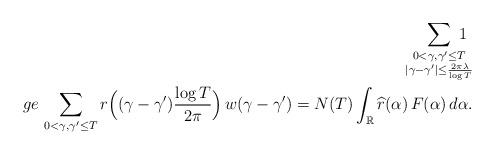
LaTeX: \begin{align*}\sum_{\substack{0<\gamma,\gamma'\le T \\|\gamma-\gamma'|\le \frac{2\pi\lambda}{\log T}}} \!\!\!\!\!\!1 \ \\ge \, \sum_{0<\gamma,\gamma'\le T } r\Big((\gamma-\gamma') \frac{\log T}{2\pi}\Big) \, w(\gamma-\gamma')= N(T)\int_{\mathbb R}\widehat r(\alpha) \, F(\alpha)\,d\alpha .\end{align*}